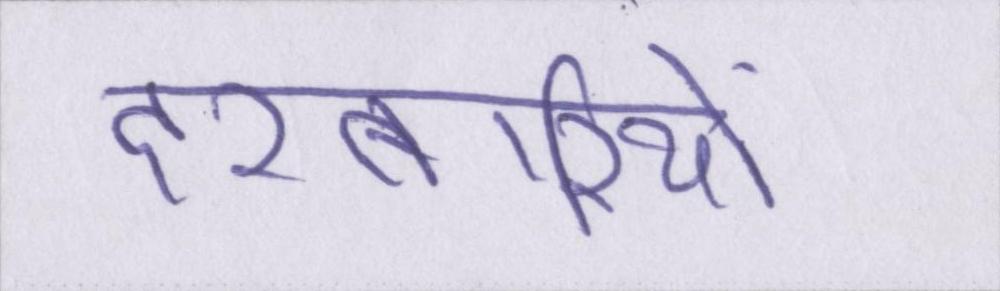
दरबारियों